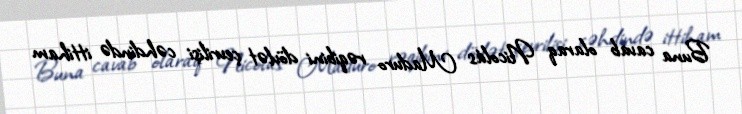
Buna cavab olaraq Nicolás Maduro rəqibini dövlət çevrilişi cəhdində ittiham